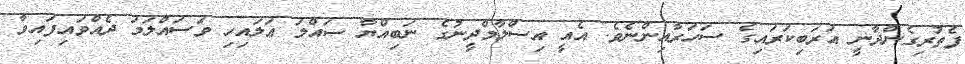
ފެތުރިގެންދާނީ އަރަބިކަރައިގެ ސަހަރާއިންނެވެ. އެއީ އިސްލާމްދީނުގެ ނަބިއްޔާ ޞައްލަ ޢަލައިހި ވަސައްލަމަ ދެއްވައިފައިވާ